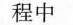
过程中